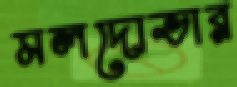
মলদোভার